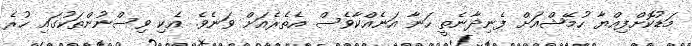
މަޑުކޮށްފިއްޔާ ހުމޭޝްއަށް ފެނިދާނެތީ ހަނާ އަނެއްކާވެސް އެތެރެއަށް ވަނެވެ. އެކި ވިސްނުންތަކުގައި ހުރެ